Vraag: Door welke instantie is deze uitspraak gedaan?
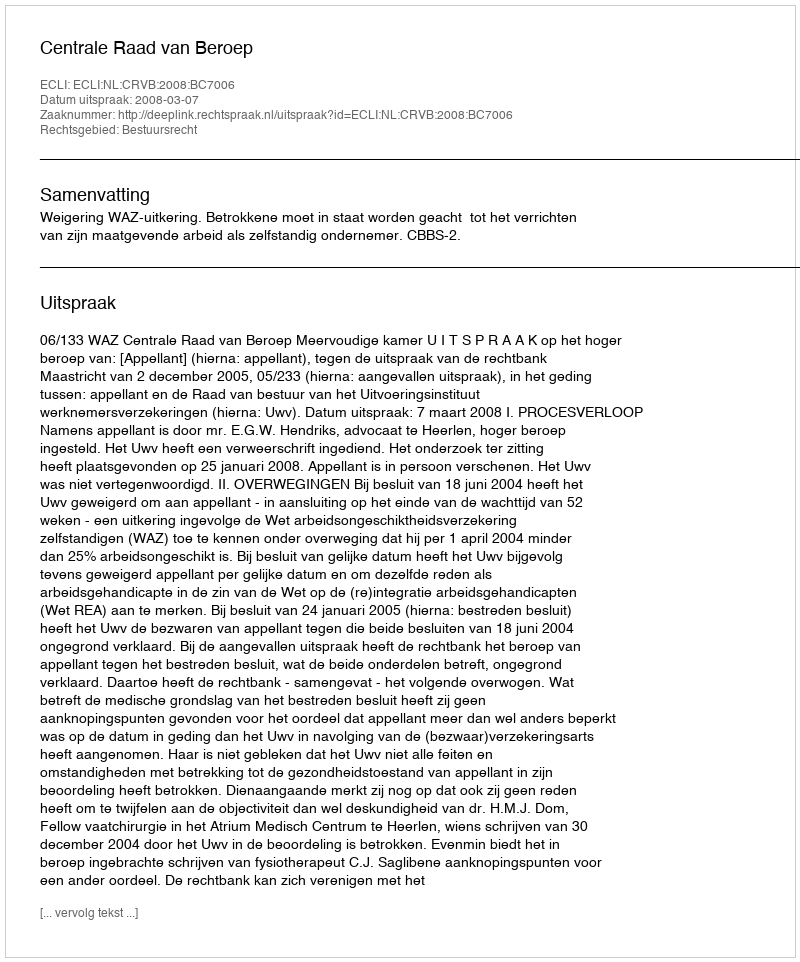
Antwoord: Centrale Raad van Beroep